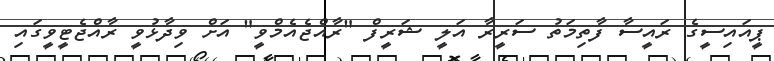
ޕީއައިސީގެ ރައީސާ ފާތިމަތު ސަރީރާ އަލީ ޝަރީފް "ރާއްޖެއެމްވީ" އަށް ވިދާޅުވީ ރާއްޖެޓީވީގައި